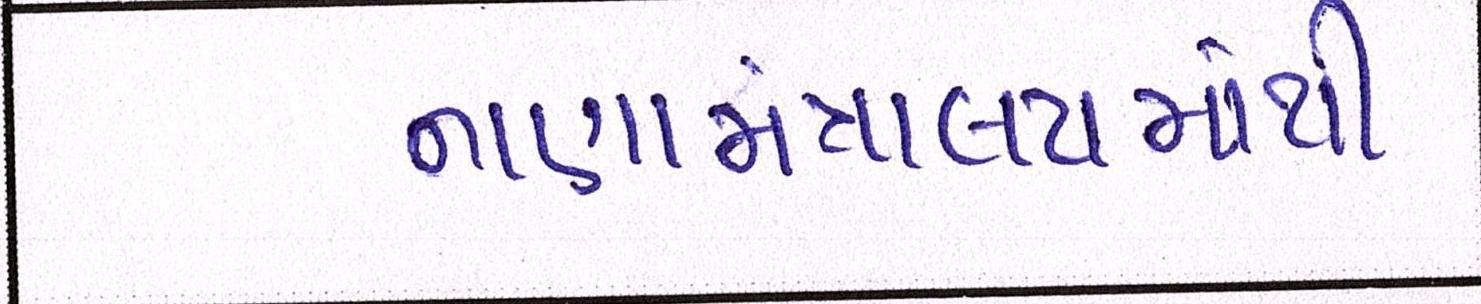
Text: નાણામંત્રાલયમાંથી